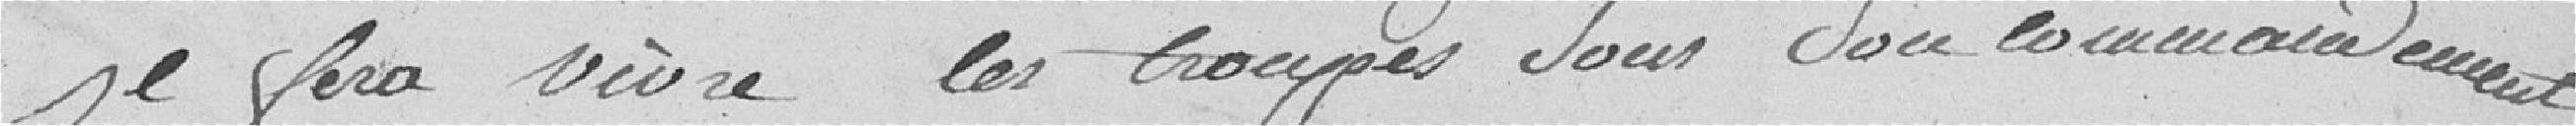
Il fera vivre les troupes sous son commandement